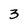
Character: 3